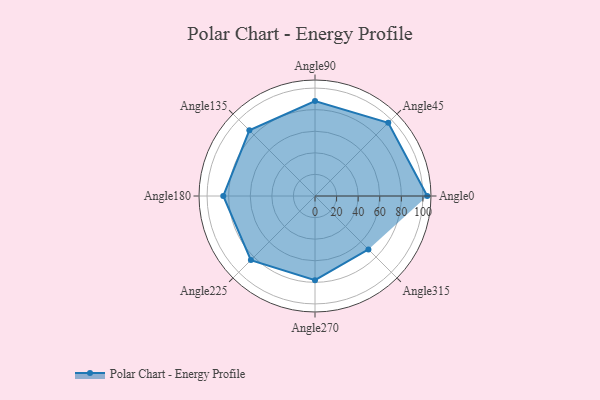
{"axis": {"x": "Angle", "y": "Radius"}, "legend": [""], "data": [{"x": "Angle0", "y": 104.0, "type": ""}, {"x": "Angle45", "y": 96.0, "type": ""}, {"x": "Angle90", "y": 88.0, "type": ""}, {"x": "Angle135", "y": 86.0, "type": ""}, {"x": "Angle180", "y": 85.0, "type": ""}, {"x": "Angle225", "y": 84.0, "type": ""}, {"x": "Angle270", "y": 78.0, "type": ""}, {"x": "Angle315", "y": 70.0, "type": ""}]}